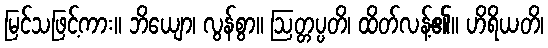
မြင်သဖြင့်ကား။ ဘိယျော၊ လွန်စွာ။ ဩတ္တပ္ပတိ၊ ထိတ်လန့်၏။ ဟိရိယတိ၊